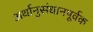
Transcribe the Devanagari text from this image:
अर्थानुसंधानपूर्वक